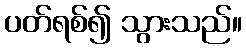
ပတ်ရစ်၍ သွားသည်။